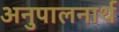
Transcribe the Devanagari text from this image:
अनुपालनार्थ